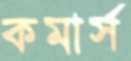
কমার্স